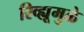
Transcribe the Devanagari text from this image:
रिव्ह्यूमुळे